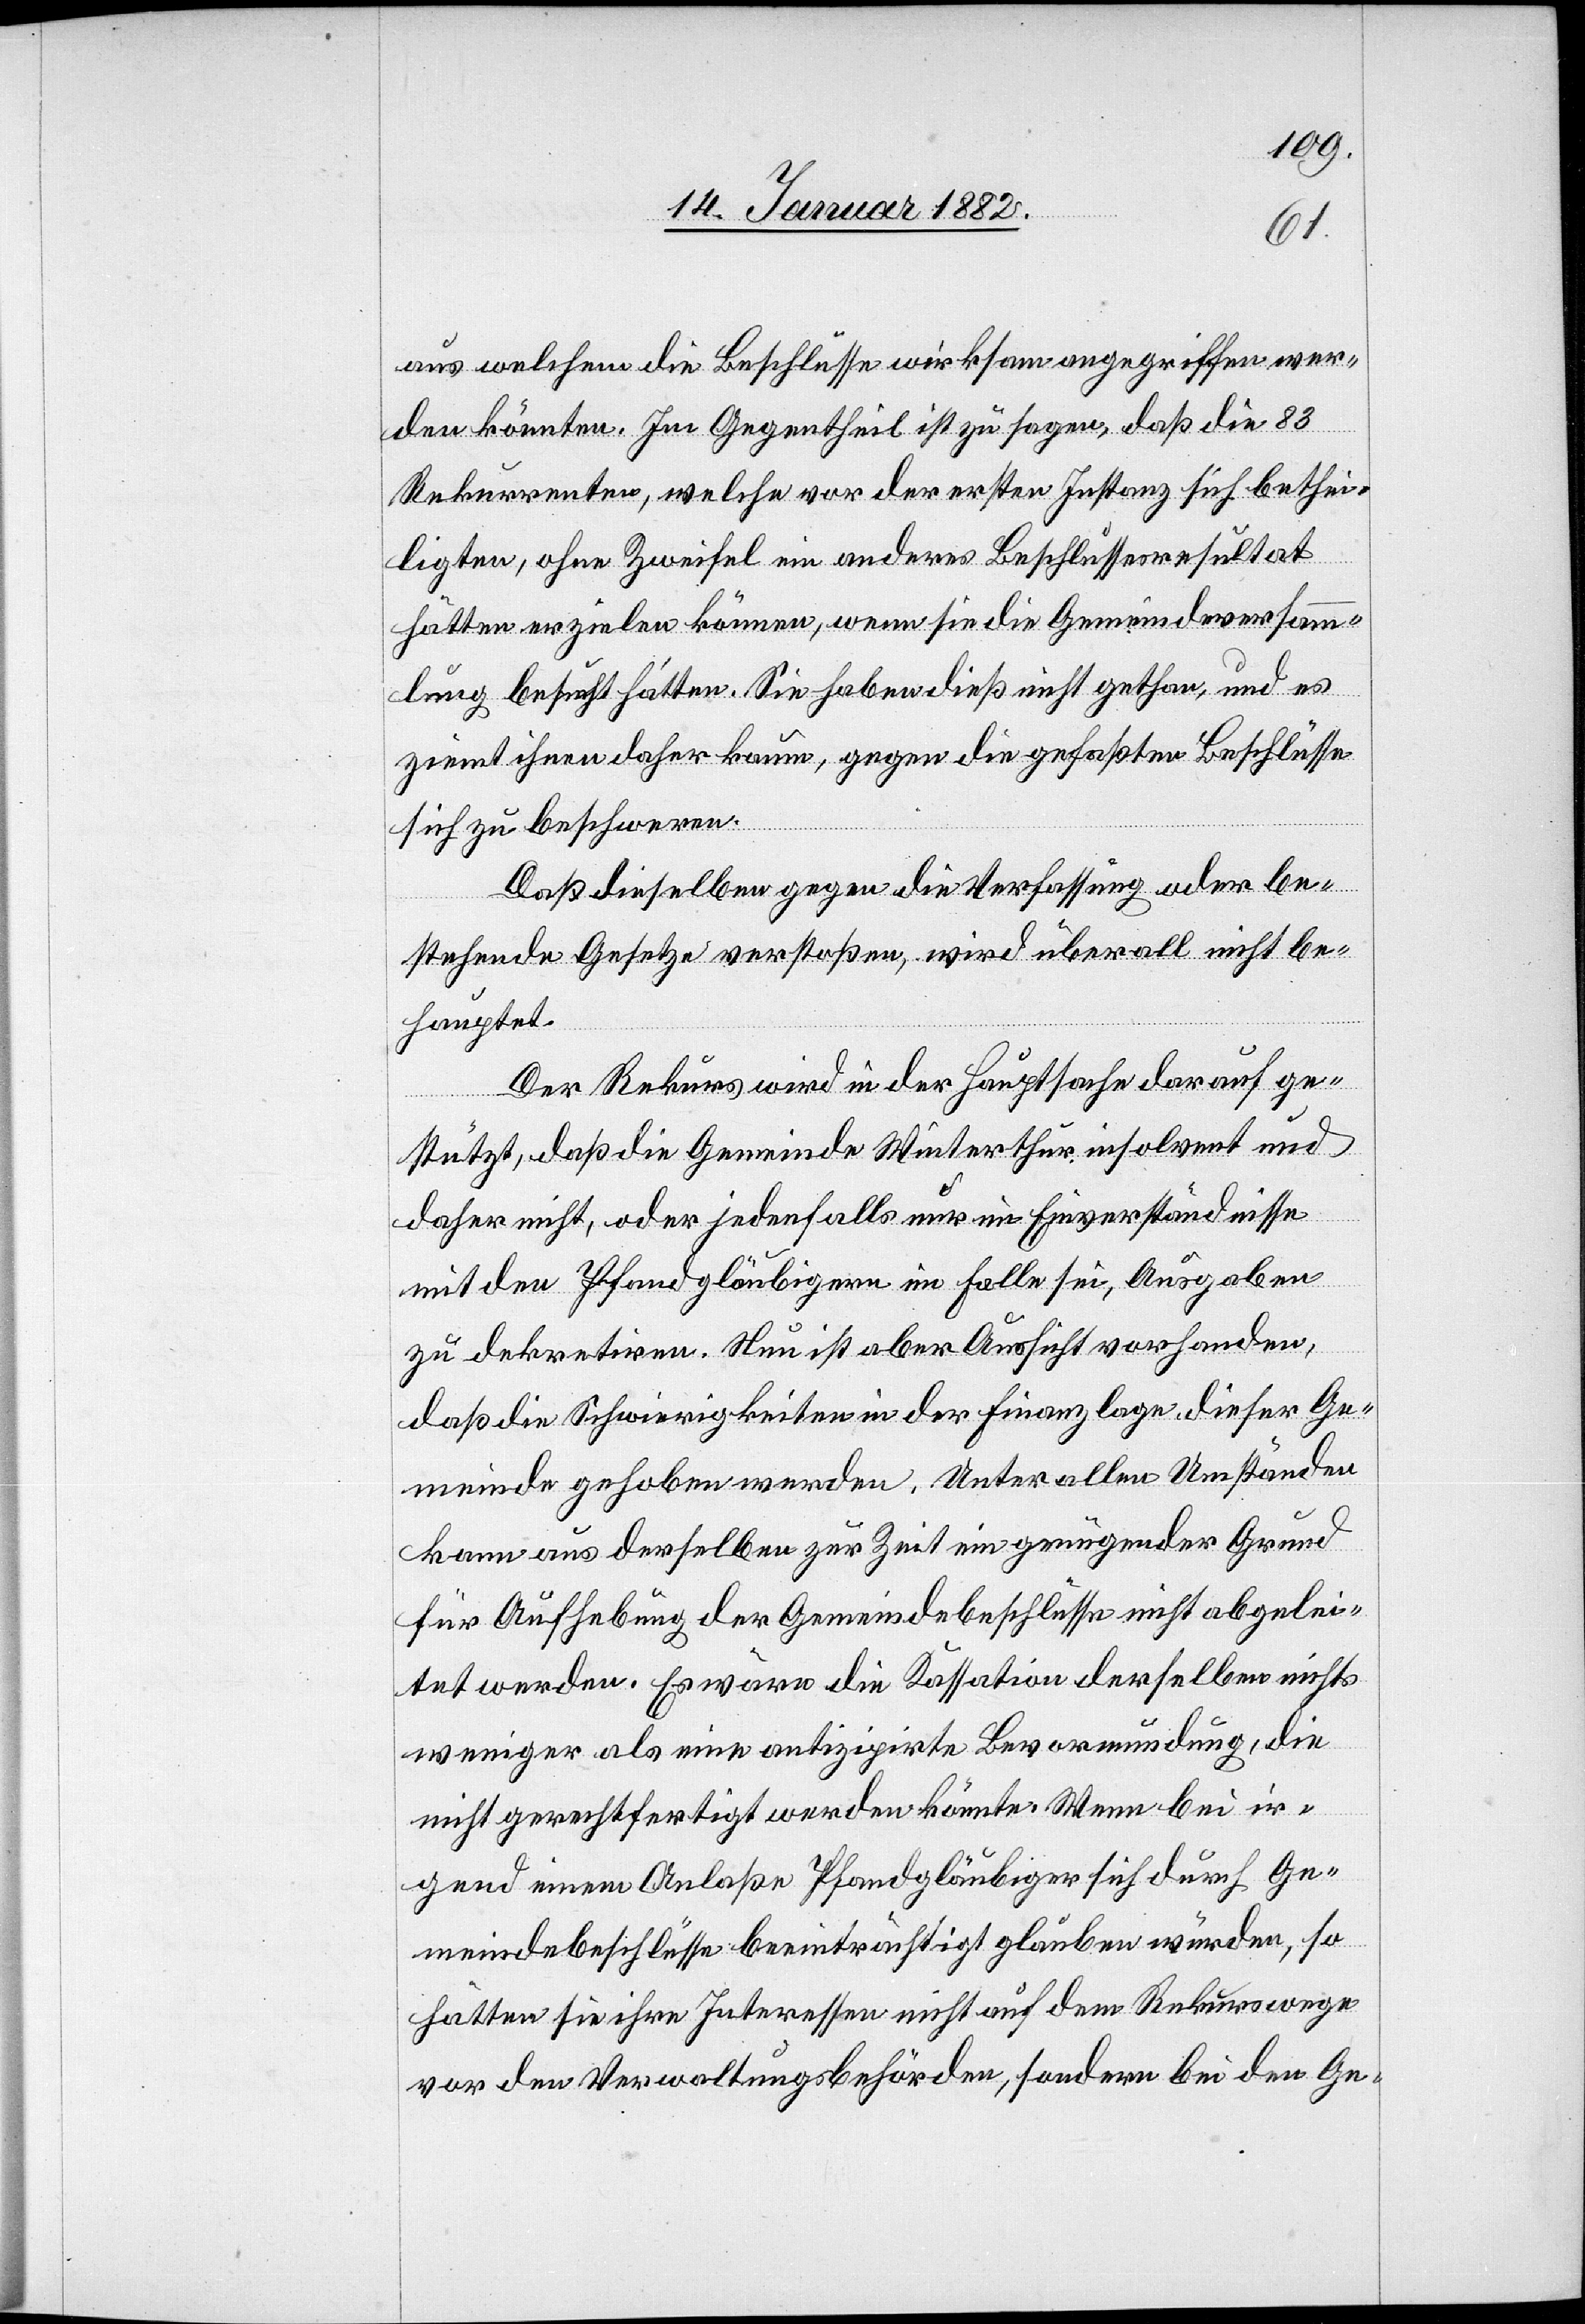
aus welchem die Beschlüsse wirksam angegriffen wer¬
den könnten. Im Gegentheil ist zu sagen, daß die 83
Rekurrenten, welche vor der ersten Instanz sich bethei¬
ligten, ohne Zweifel ein anderes Beschlussresultat
hätten erzielen können, wenn sie die Gemeindversamm¬
lung besucht hätten. Sie haben dieß nicht gethan, und es
ziemt ihnen daher kaum, gegen die gefaßten Beschlüsse
sich zu beschweren.
Daß dieselben gegen die Verfassung oder be¬
stehenden Gesetze verstoßen, wird überall nicht be¬
hauptet.
Der Rekurs wird in der Hauptsache darauf ge¬
stützt, daß die Gemeinde Winterthur insolvent und
daher nicht, oder jedenfalls nur im Einverständnisse
mit den Pfandgläubigern im Falle sei, Ausgaben
zu dekretiren. Nun ist aber Aussicht vorhanden,
daß die Schwierigkeiten in der Finanzlage, dieser Ge¬
meinde gehoben werden. Unter allen Umständen
kann aus derselben zur Zeit ein genügender Grund
für Aufhebung der Gemeindebeschlüsse nicht abgelei¬
tet werden. Es wäre die Kassation derselben nicht
weniger als eine antizipirte Bevormundung, die
nicht gerechtfertigt werden könnte. Wenn bei ir¬
gend einem Anlaße Pfandgläubiger sich durch Ge¬
meindebeschlüsse beeinträchtigt glauben würden, so
hätte sie ihre Interessen nicht auf dem Rekurswege
vor den Verwaltungsbehörden, sondern bei den Ge-